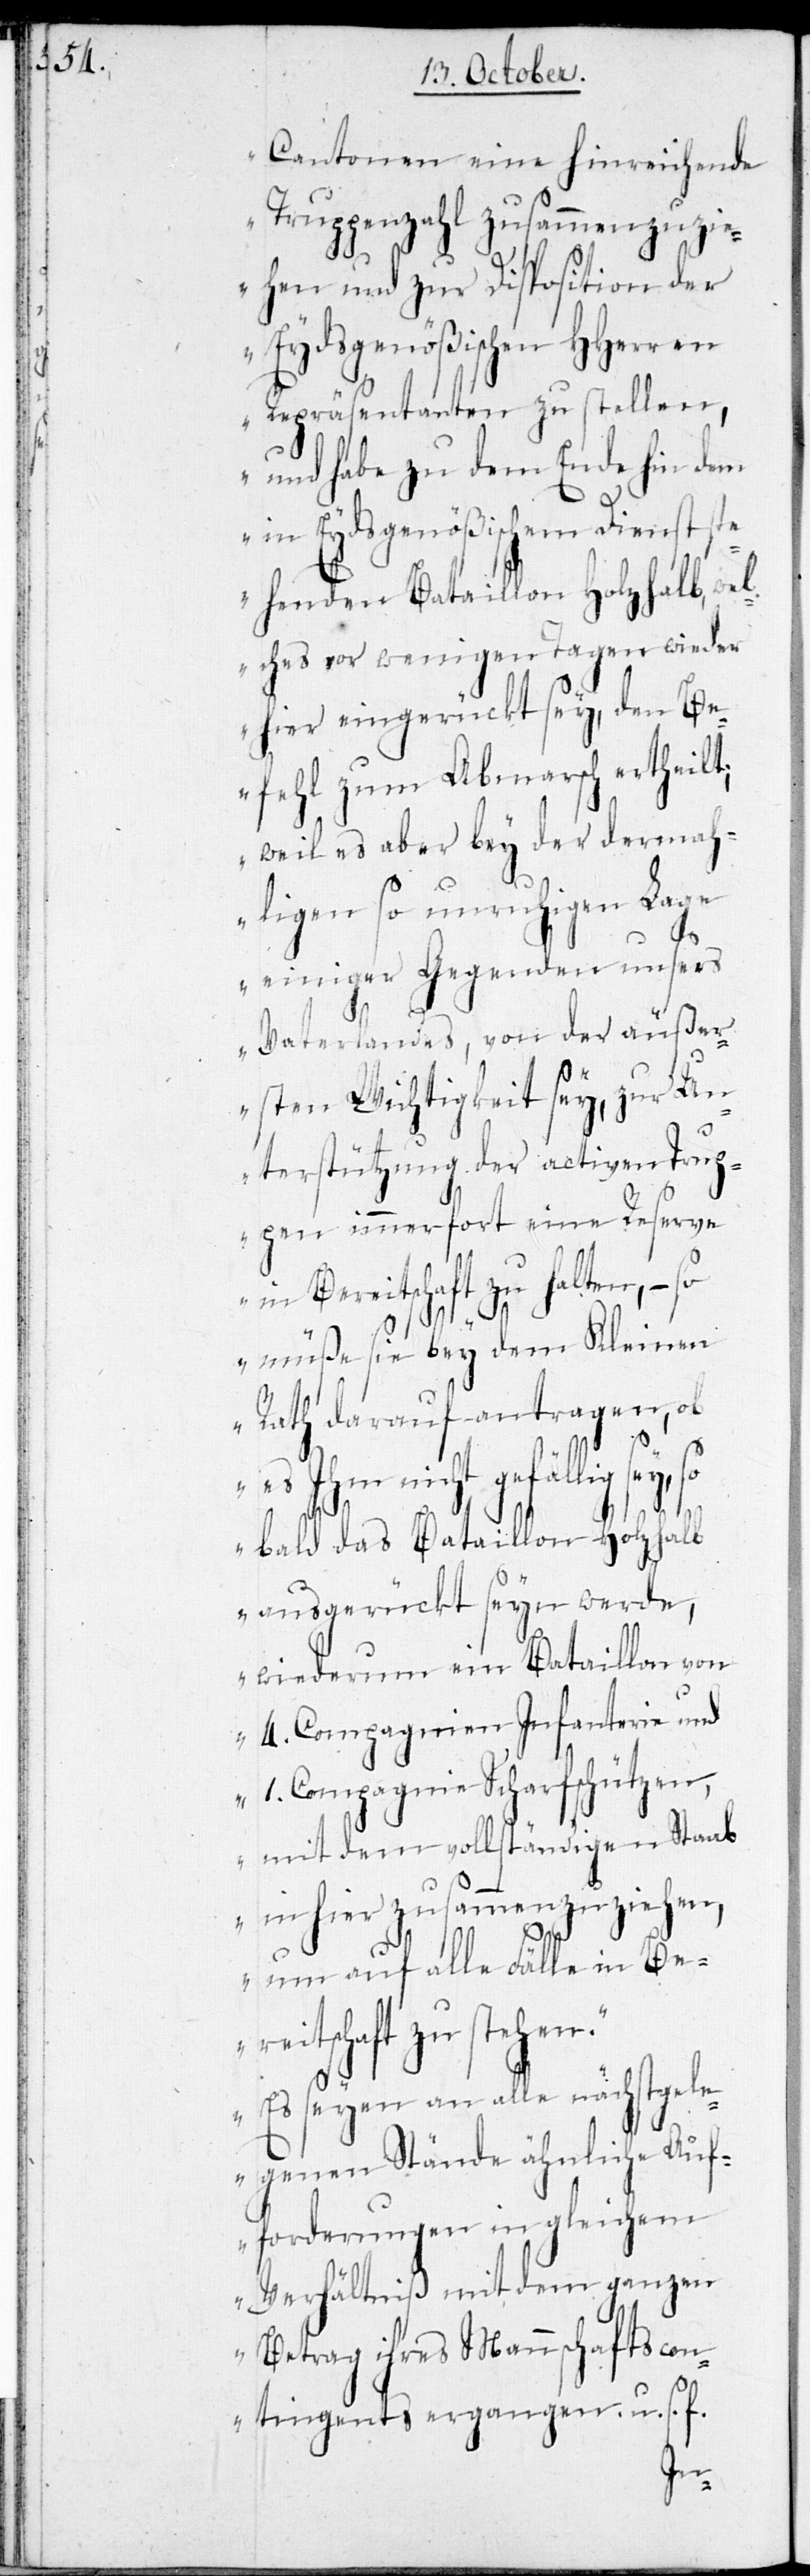
Cantonen eine hinreichende
Truppenzahl zusammenzuzie¬
hen und zur Disposition der
Eydsgenößischen HHerren
Repräsentanten zu stellen,
und habe zu dem Ende hin dem
in Eydsgenößischem Dienst ste¬
henden Bataillon Holzhalb, w¬
elches vor wenigen Tagen wieder
hier eingerückt sey, den Be¬
fehl zum Abmarsch ertheilt;
weil es aber bey der dermah¬
ligen so unruhigen Lage
einiger Gegenden unsers
Vaterlandes von der äußer¬
sten Wichtigkeit sey, zur Un¬
terstützung der activen Trup¬
pen immerfort eine Reserve
in Bereitschaft zu halten, – so
müße sie bey dem Kleinen
Rath darauf antragen, ob
es Ihm nicht gefällig sey,
so bald das Bataillon Holzhalb
ausgerückt seyn werde,
wiederum ein Bataillon von
4. Compagnien Infanterie und
1. Compagnie Scharfschützen,
mit dem vollständigen Staab
in hier zusammenzuziehen,
um auf alle Fälle in Ber¬
eitschaft zu stehen.
Es seyen an alle nächstgel¬
egenen Stände ähnliche Auf¬
forderungen in gleichem
Verhältniß mit dem ganzen
Betrag ihres Mannschaftscon¬
tingent ergangen, u. s. f.